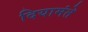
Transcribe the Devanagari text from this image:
दियामंते